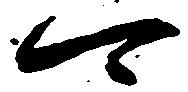
可